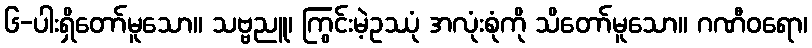
၆-ပါးရှိတော်မူသော။ သဗ္ဗညူ၊ ကြွင်းမဲ့ဥဿုံ အလုံးစုံကို သိတော်မူသော။ ဂဏီဝရော၊